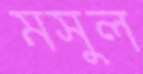
মসুল